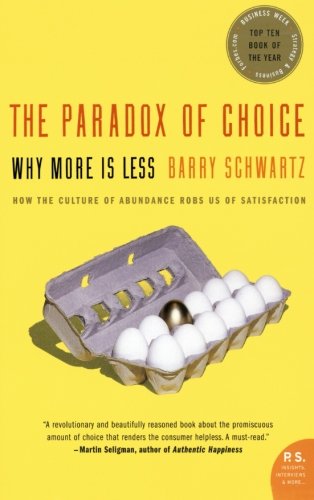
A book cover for The Paradox of Choice: Why More Is Less; Barry Schwartz; Humor & Entertainment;